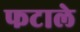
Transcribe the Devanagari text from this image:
फटाले